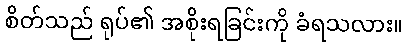
စိတ်သည် ရုပ်၏ အစိုးရခြင်းကို ခံရသလား။